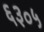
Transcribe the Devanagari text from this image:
६३०५